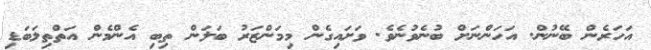
އަހަރެން ބޭނުން. އަހަންނަށް ބުނެވުނެވެ. ވަށައިގެން މިމަންޒަރު ބަލަން ތިބި އެންމެން އަތްތިލަބަޑި